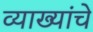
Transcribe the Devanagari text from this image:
व्याख्यांचे